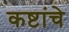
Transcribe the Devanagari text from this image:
कष्टांचे